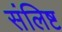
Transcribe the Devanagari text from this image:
संलिष्ट